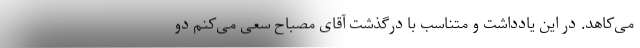
می‌کاهد. در این یادداشت و متناسب با درگذشت آقای مصباح سعی می‌کنم دو